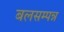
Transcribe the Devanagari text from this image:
बलसम्पन्न